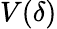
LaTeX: V(\delta)